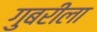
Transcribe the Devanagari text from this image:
गुबरीला